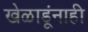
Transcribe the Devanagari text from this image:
खेळाडूंनाही